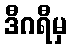
ဒီဂရီမှ